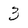
Character: 3